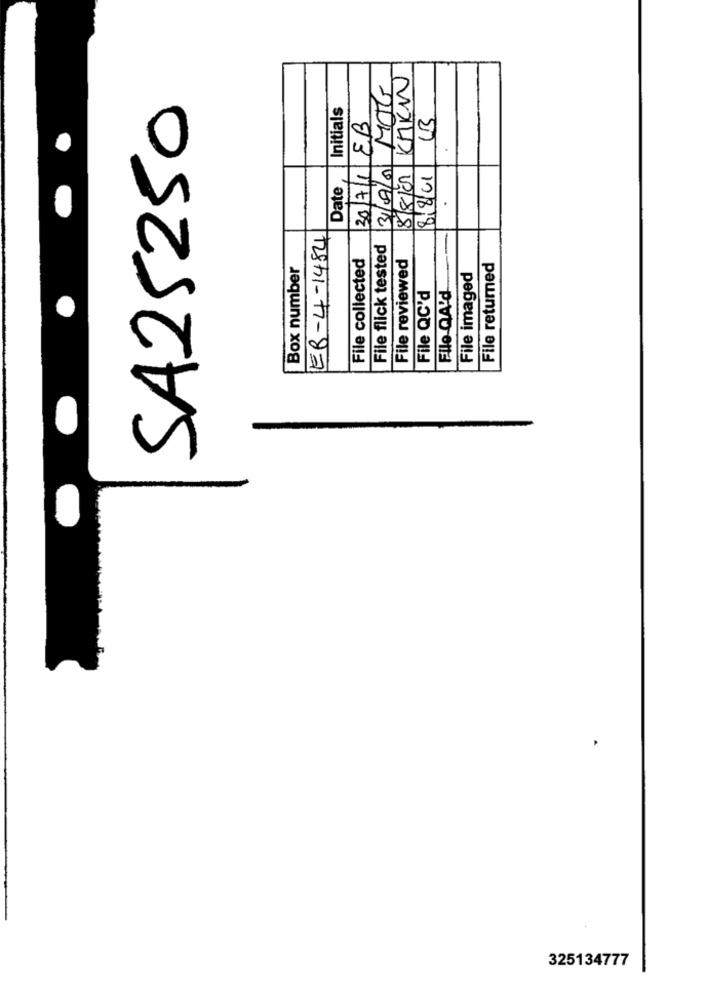
8/8/01 KKKN
31/09/0 MOG
SA25250
Initials
30/7/1 EB
8/8/01
Date
EB-4-1484
File flick tested
File collected
File reviewed
Box number
File returned
File imaged
File QA'd
File QC'd
325134777